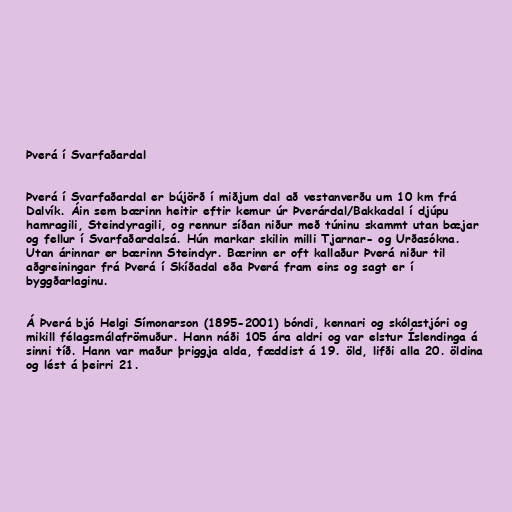
Þverá í Svarfaðardal

Þverá í Svarfaðardal er bújörð í miðjum dal að vestanverðu um 10 km frá
Dalvík. Áin sem bærinn heitir eftir kemur úr Þverárdal/Bakkadal í djúpu
hamragili, Steindyragili, og rennur síðan niður með túninu skammt utan bæjar
og fellur í Svarfaðardalsá. Hún markar skilin milli Tjarnar- og Urðasókna.
Utan árinnar er bærinn Steindyr. Bærinn er oft kallaður Þverá niður til
aðgreiningar frá Þverá í Skíðadal eða Þverá fram eins og sagt er í
byggðarlaginu.

Á Þverá bjó Helgi Símonarson (1895-2001) bóndi, kennari og skólastjóri og
mikill félagsmálafrömuður. Hann náði 105 ára aldri og var elstur Íslendinga á
sinni tíð. Hann var maður þriggja alda, fæddist á 19. öld, lifði alla 20. öldina
og lést á þeirri 21.